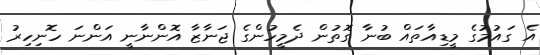
އެ ގައުމުގެ މީޑިއާތައް ބުނާ ގޮތުން ދެމީހުންގެ ޖަނާޒާ އޮންނާނީ އަންނަ ހޮނިހިރު